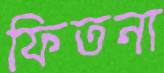
ফিতনা